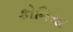
કોનિયા